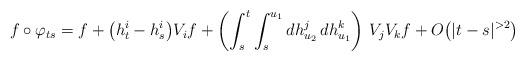
LaTeX: \begin{align*}f\circ \varphi_{ts} = f + \big(h^i_t-h^i_s\big)V_if + \left(\int_s^t\int_s^{u_1} dh^j_{u_2}\,dh^k_{u_1}\right)\,V_jV_kf + O\big(|t-s|^{>2}\big)\end{align*}